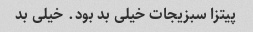
پیتزا سبزیجات خیلی بد بود. خیلی بد